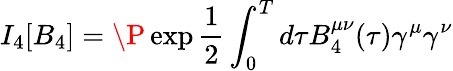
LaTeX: I_{4}[B_{4}]=\P\exp\frac{1}{2}\int_{0}^{T}d\tau B_{4}^{\mu\nu}(\tau)\gamma^{\mu}\gamma^{\nu}